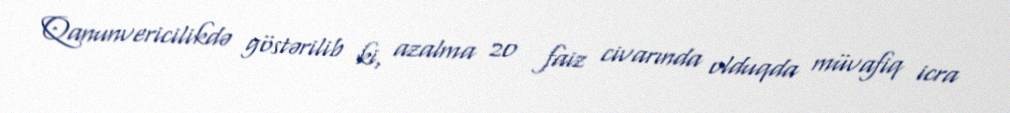
Qanunvericilikdə göstərilib ki, azalma 20 faiz civarında olduqda müvafiq icra